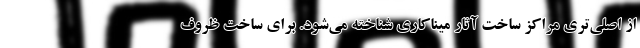
از اصلی‌تری مراکز ساخت آثار میناکاری شناخته می‌شود. برای ساخت ظروف